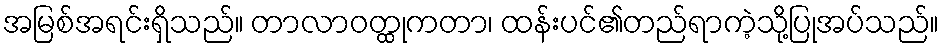
အမြစ်အရင်းရှိသည်။ တာလာဝတ္ထုကတာ၊ ထန်းပင်၏တည်ရာကဲ့သို့ပြုအပ်သည်။